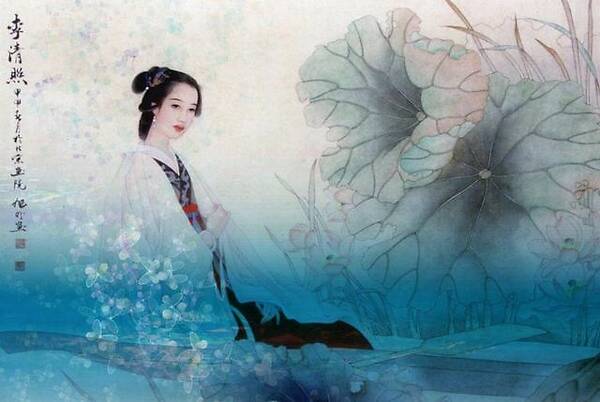
书当快意读易尽，客有可人期不来。